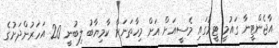
އާޖެންޓީނާ ގައުމީ ޓީމުގައި މެސީއަށް އަށް މިހާތަނަށް ކާމިޔާބު ލިބުނީ 20 އަހަރުންދަށުގެ